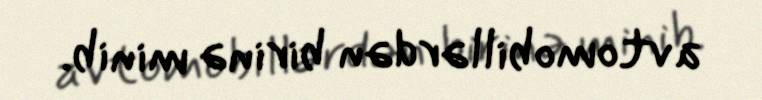
avtomobillərdən birinə minib.